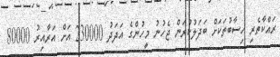
ރައްކާތެރި ހިސާބުތަކަށް ބަދަލުކުރަން ޖެހުނު މީހުންގެ އަދަދު 230000 އަށް އަރާއިރު 80000